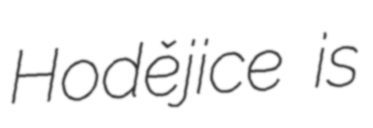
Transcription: Hodějice is